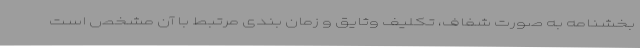
بخشنامه به صورت شفاف، تکلیف وثایق و زمان بندی مرتبط با آن مشخص است